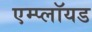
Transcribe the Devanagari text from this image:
एम्प्लॉयड